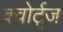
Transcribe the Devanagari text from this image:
क्वोर्ट्‌ज